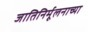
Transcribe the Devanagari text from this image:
जातिनिर्मूलनाच्या